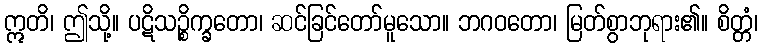
ဣတိ၊ ဤသို့။ ပဋိသဉ္စိက္ခတော၊ ဆင်ခြင်တော်မူသော။ ဘဂဝတော၊ မြတ်စွာဘုရား၏။ စိတ္တံ၊